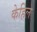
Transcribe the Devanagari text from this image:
केहिल